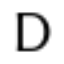
D